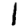
Digit: 1